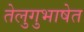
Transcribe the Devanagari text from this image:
तेलुगुभाषेत